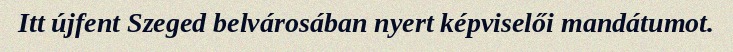
Itt újfent Szeged belvárosában nyert képviselői mandátumot.